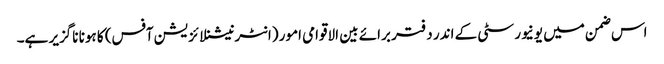
اس ضمن میں یونیورسٹی کے اندر دفتر برائے بین الاقوامی امور (انٹرنیشنلائزیشن آفس) کا ہونا ناگزیر ہے۔